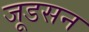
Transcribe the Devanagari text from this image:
जूडसन